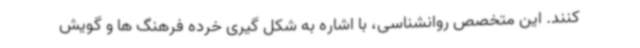
کنند. این متخصص روانشناسی، با اشاره به شکل گیری خرده فرهنگ ها و گویش